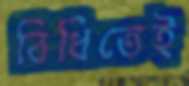
বিধিতেই